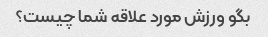
بگو ورزش مورد علاقه شما چیست؟